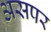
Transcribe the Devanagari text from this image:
असपर